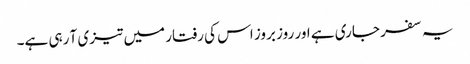
یہ سفر جاری ہے اور روز بروز اس کی رفتار میں تیزی آ رہی ہے۔